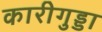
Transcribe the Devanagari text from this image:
कारीगुड्डा